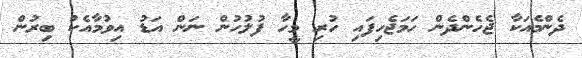
ދެންމެއަކާ ޖެހެންދެން ހަމަޖެހިފައި ހުރި މީހާ ފުލުހުން ނަން އަޑު އިވުމާއެކު ބިރުން